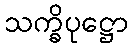
သက္ခိပုဋ္ဌော